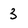
Character: 3